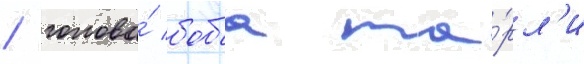
/ голова́ боба ма́рл'и